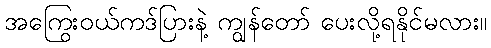
အကြွေးဝယ်ကဒ်ပြားနဲ့ ကျွန်တော် ပေးလို့ရနိုင်မလား။